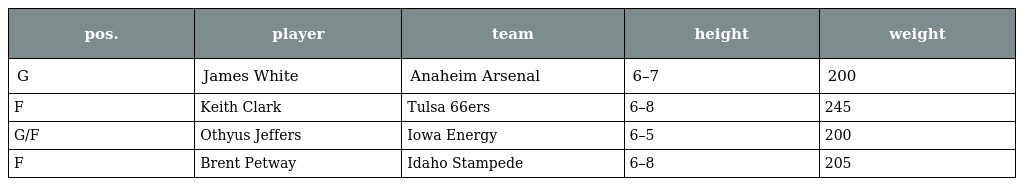
| pos. | player | team | height | weight |
 | --- | --- | --- | --- | --- |
 | G | James White | Anaheim Arsenal | 6–7 | 200 |
 | F | Keith Clark | Tulsa 66ers | 6–8 | 245 |
 | G/F | Othyus Jeffers | Iowa Energy | 6–5 | 200 |
 | F | Brent Petway | Idaho Stampede | 6–8 | 205 |